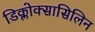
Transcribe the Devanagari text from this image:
डिक्लोक्सासिलिन